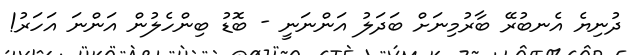
ދުނިޔެ އެނބުރޭ ބާރުމިނަށް ބަދަލު އަންނަނީ - ބޮޑު ބިންހެލުން އަންނަ އަހަރު!